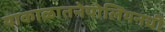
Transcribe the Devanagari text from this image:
याकाळातनेपोलियनची